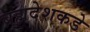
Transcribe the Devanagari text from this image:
ब्रह्मदेशकडे